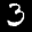
Label: 3